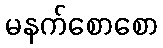
မနက်စောစော